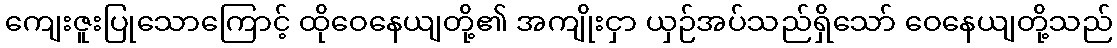
ကျေးဇူးပြုသောကြောင့် ထိုဝေနေယျတို့၏ အကျိုးငှာ ယှဉ်အပ်သည်ရှိသော် ဝေနေယျတို့သည်